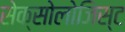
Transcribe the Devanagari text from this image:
सेक्सोलोजिस्ट